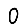
Digit: 0